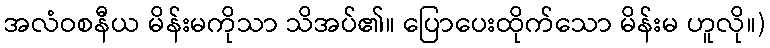
အလံဝစနီယ မိန်းမကိုသာ သိအပ်၏။ ပြောပေးထိုက်သော မိန်းမ ဟူလို။)